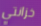
خزانتي